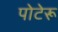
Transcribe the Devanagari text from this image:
पोटेरू